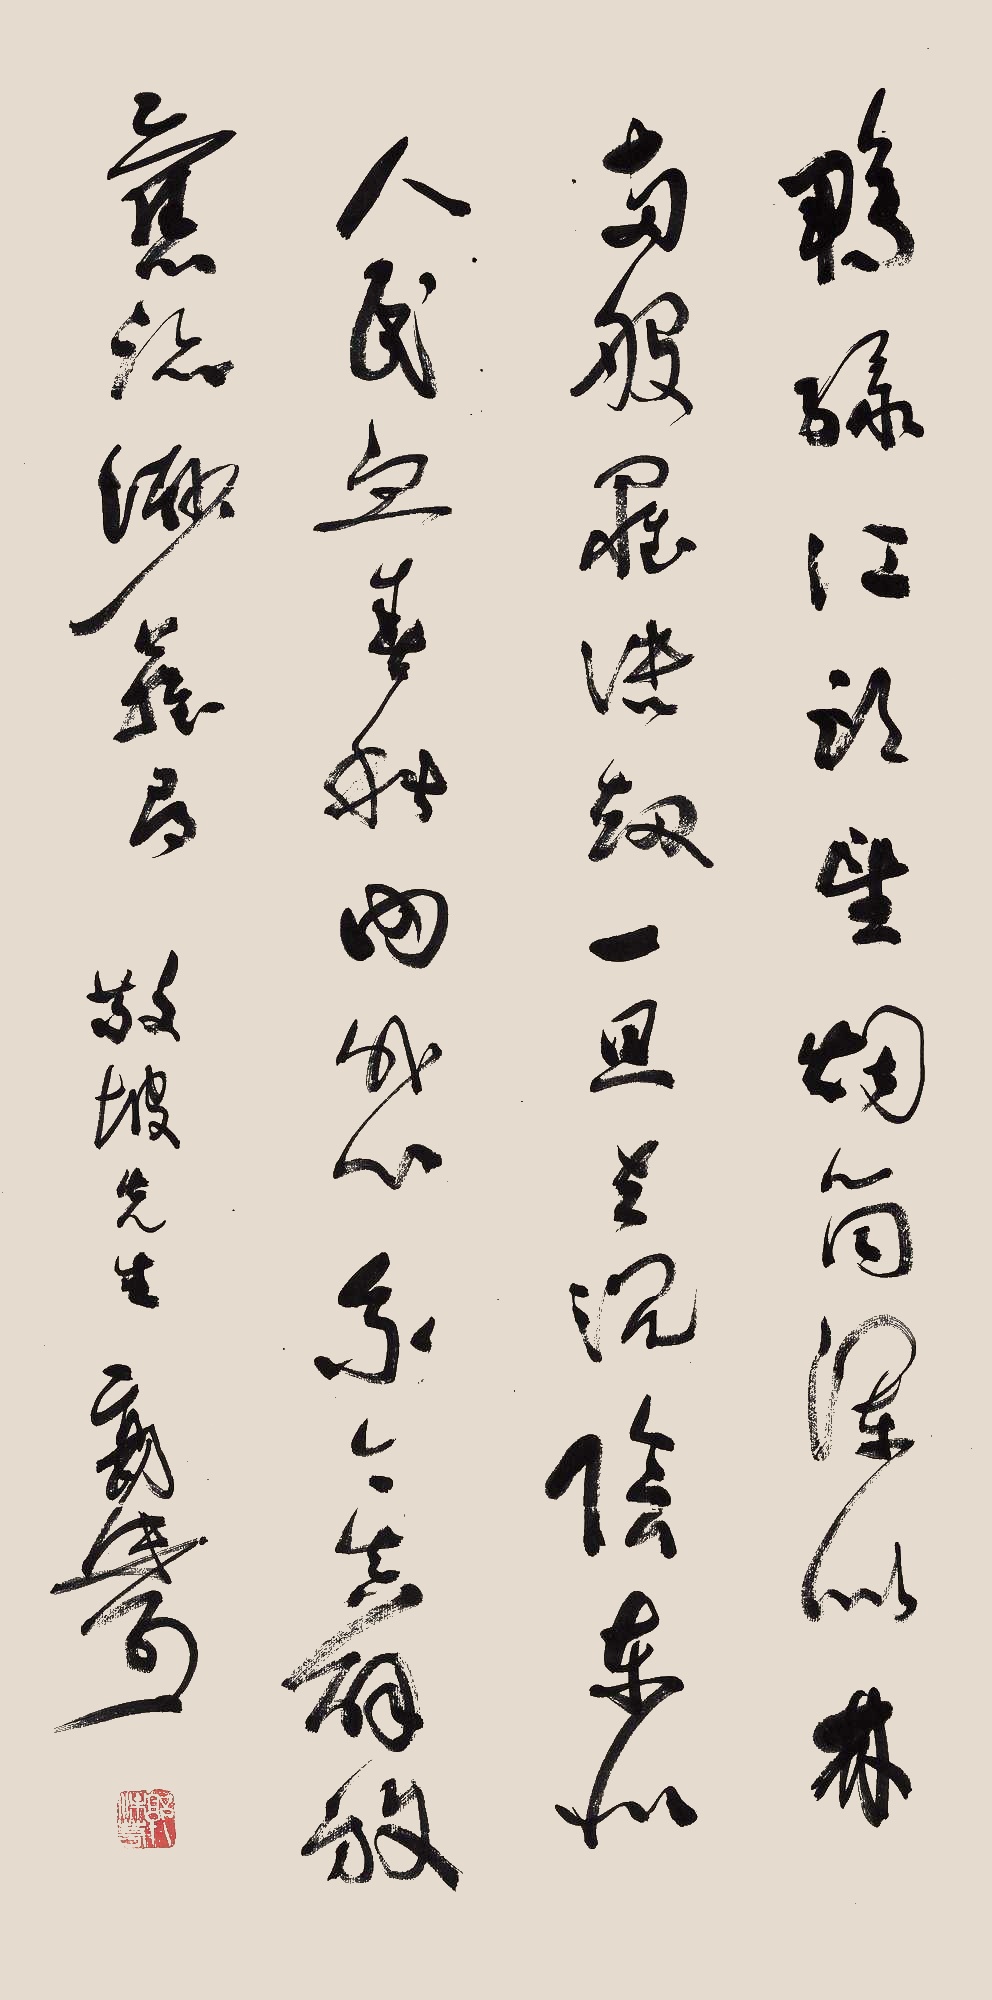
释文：鸭绿江头望，烟筒浑似林。两番罹浩劫，一旦扫沈阴。东北人民血，春秋内外心，我今真解放，旧迹渺难寻。敬坡先生，郭沫若。